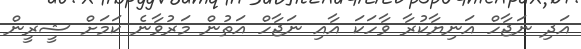
އަދި ނަޖާހް އަނިޔާކުރާ ވާހަކަ އާއި ނަޖާހް އަތުން މަރުވާނެ ކަމަށް ޝީރީން